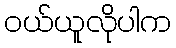
ဝယ်ယူလိုပါက